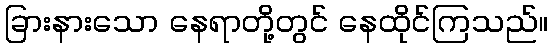
ခြားနားသော နေရာတို့တွင် နေထိုင်ကြသည်။